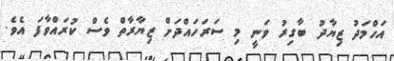
އަހްމަދު ޒިޔާދު ބާގިރު ވަނީ މި ސަރަހައްދަަށް ޒިޔާރާތް ވެސް ކުރައްވާފަ އެވެ.